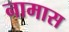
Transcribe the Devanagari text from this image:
नामास